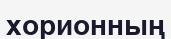
хорионның